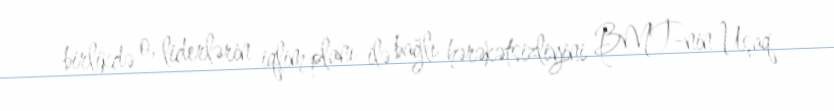
birlikdə o, liderlərin iqlim planı ilə bağlı hərəkətsizliyini BMT-nin Uşaq